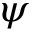
\psi